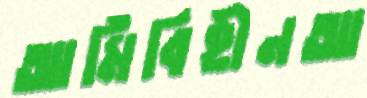
আর্মিবিহীনআ